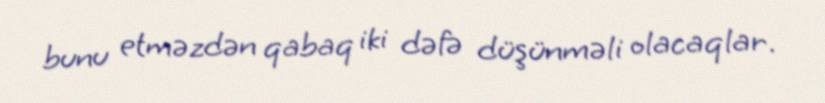
bunu etməzdən qabaq iki dəfə düşünməli olacaqlar.